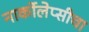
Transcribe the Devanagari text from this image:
नार्कोलेप्सीचा